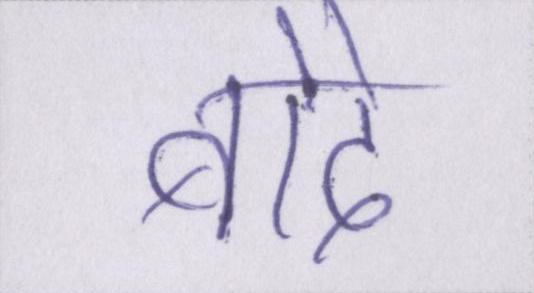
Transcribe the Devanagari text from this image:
बोदे